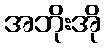
အဘိုးအို